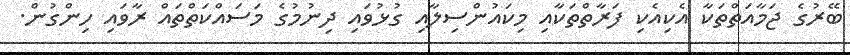
ބޭރުގެ ޖަމާއަތްތަކާ އެކިއެކި ފަރާތްތަކާއި މިކައުންސިލާއި ގުޅުވައި ދިނުމުގެ މަސައްކަތްތައް ރާވައި ހިންގުން.